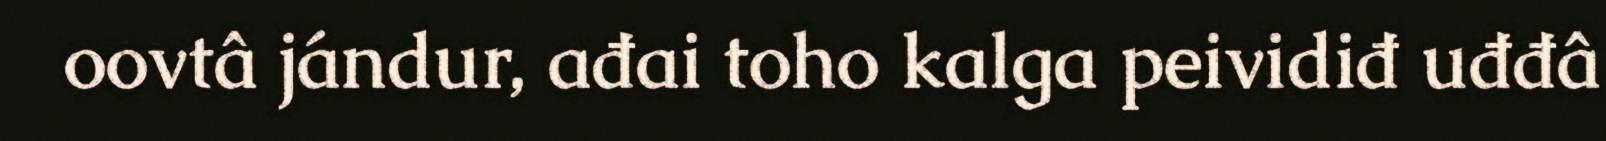
oovtâ jándur, ađai toho kalga peividiđ uđđâ